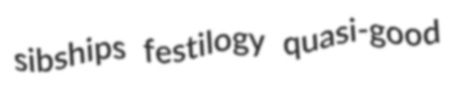
sibships festilogy quasi-good